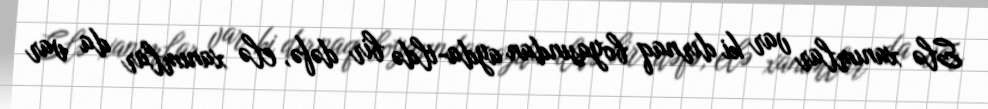
Elə xanımlar var ki dırnaq boyasından ayda-ildə bir dəfə, elə xanımlar da var